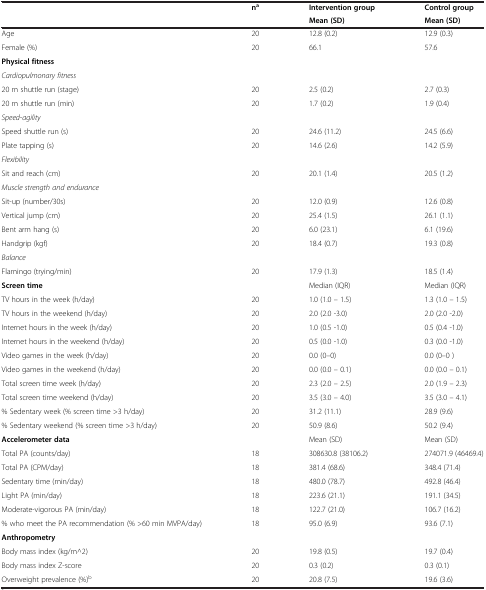
<table><thead><tr><td></td><td><b>n<sup>a</sup></b></td><td><b>Intervention group</b></td><td><b>Control group</b></td></tr><tr><td></td><td></td><td><b>Mean (SD)</b></td><td><b>Mean (SD)</b></td></tr></thead><tbody><tr><td>Age</td><td>20</td><td>12.8 (0.2)</td><td>12.9 (0.3)</td></tr><tr><td>Female (%)</td><td>20</td><td>66.1</td><td>57.6</td></tr><tr><td><b>Physical fitness</b></td><td></td><td></td><td></td></tr><tr><td><i>Cardiopulmonary fitness</i></td><td></td><td></td><td></td></tr><tr><td>20 m shuttle run (stage)</td><td>20</td><td>2.5 (0.2)</td><td>2.7 (0.3)</td></tr><tr><td>20 m shuttle run (min)</td><td>20</td><td>1.7 (0.2)</td><td>1.9 (0.4)</td></tr><tr><td><i>Speed-agility</i></td><td></td><td></td><td></td></tr><tr><td>Speed shuttle run (s)</td><td>20</td><td>24.6 (11.2)</td><td>24.5 (6.6)</td></tr><tr><td>Plate tapping (s)</td><td>20</td><td>14.6 (2.6)</td><td>14.2 (5.9)</td></tr><tr><td><i>Flexibility</i></td><td></td><td></td><td></td></tr><tr><td>Sit and reach (cm)</td><td>20</td><td>20.1 (1.4)</td><td>20.5 (1.2)</td></tr><tr><td><i>Muscle strength and endurance</i></td><td></td><td></td><td></td></tr><tr><td>Sit-up (number/30s)</td><td>20</td><td>12.0 (0.9)</td><td>12.6 (0.8)</td></tr><tr><td>Vertical jump (cm)</td><td>20</td><td>25.4 (1.5)</td><td>26.1 (1.1)</td></tr><tr><td>Bent arm hang (s)</td><td>20</td><td>6.0 (23.1)</td><td>6.1 (19.6)</td></tr><tr><td>Handgrip (kgf)</td><td>20</td><td>18.4 (0.7)</td><td>19.3 (0.8)</td></tr><tr><td><i>Balance</i></td><td></td><td></td><td></td></tr><tr><td>Flamingo (trying/min)</td><td>20</td><td>17.9 (1.3)</td><td>18.5 (1.4)</td></tr><tr><td><b>Screen time</b></td><td></td><td>Median (IQR)</td><td>Median (IQR)</td></tr><tr><td>TV hours in the week (h/day)</td><td>20</td><td>1.0 (1.0 – 1.5)</td><td>1.3 (1.0 – 1.5)</td></tr><tr><td>TV hours in the weekend (h/day)</td><td>20</td><td>2.0 (2.0 -3.0)</td><td>2.0 (2.0 -2.0)</td></tr><tr><td>Internet hours in the week (h/day)</td><td>20</td><td>1.0 (0.5 -1.0)</td><td>0.5 (0.4 -1.0)</td></tr><tr><td>Internet hours in the weekend (h/day)</td><td>20</td><td>0.5 (0.0 -1.0)</td><td>0.3 (0.0 -1.0)</td></tr><tr><td>Video games in the week (h/day)</td><td>20</td><td>0.0 (0–0)</td><td>0.0 (0–0 )</td></tr><tr><td>Video games in the weekend (h/day)</td><td>20</td><td>0.0 (0.0 – 0.1)</td><td>0.0 (0.0 – 0.1)</td></tr><tr><td>Total screen time week (h/day)</td><td>20</td><td>2.3 (2.0 – 2.5)</td><td>2.0 (1.9 – 2.3)</td></tr><tr><td>Total screen time weekend (h/day)</td><td>20</td><td>3.5 (3.0 – 4.0)</td><td>3.5 (3.0 – 4.1)</td></tr><tr><td>% Sedentary week (% screen time &gt;3 h/day)</td><td>20</td><td>31.2 (11.1)</td><td>28.9 (9.6)</td></tr><tr><td>% Sedentary weekend (% screen time &gt;3 h/day)</td><td>20</td><td>50.9 (8.6)</td><td>50.2 (9.4)</td></tr><tr><td><b>Accelerometer data</b></td><td></td><td>Mean (SD)</td><td>Mean (SD)</td></tr><tr><td>Total PA (counts/day)</td><td>18</td><td>308630.8 (38106.2)</td><td>274071.9 (46469.4)</td></tr><tr><td>Total PA (CPM/day)</td><td>18</td><td>381.4 (68.6)</td><td>348.4 (71.4)</td></tr><tr><td>Sedentary time (min/day)</td><td>18</td><td>480.0 (78.7)</td><td>492.8 (46.4)</td></tr><tr><td>Light PA (min/day)</td><td>18</td><td>223.6 (21.1)</td><td>191.1 (34.5)</td></tr><tr><td>Moderate-vigorous PA (min/day)</td><td>18</td><td>122.7 (21.0)</td><td>106.7 (16.2)</td></tr><tr><td>% who meet the PA recommendation (% &gt;60 min MVPA/day)</td><td>18</td><td>95.0 (6.9)</td><td>93.6 (7.1)</td></tr><tr><td><b>Anthropometry</b></td><td></td><td></td><td></td></tr><tr><td>Body mass index (kg/m^2)</td><td>20</td><td>19.8 (0.5)</td><td>19.7 (0.4)</td></tr><tr><td>Body mass index Z-score</td><td>20</td><td>0.3 (0.2)</td><td>0.3 (0.1)</td></tr><tr><td>Overweight prevalence (%)<sup>b</sup></td><td>20</td><td>20.8 (7.5)</td><td>19.6 (3.6)</td></tr></tbody></table>